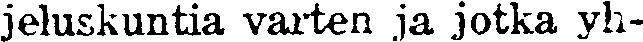
jeluskuntia varten ja jotka yh-